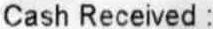
CASH RECEIVED :